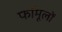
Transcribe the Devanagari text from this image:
फॉमूलों